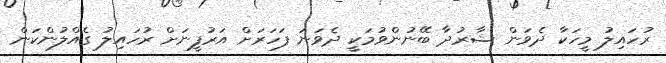
ރުހައިލު މީހަކާ ދެވަން ޝާރުދާ ބޭނުންވުމަކީ ދެވަނަ ފަހަރަށް އަރުފީނަށް ރުހައިލު ގެއްލުންކަން